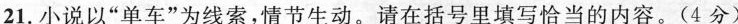
21.小说以”单车”为线索，情节生动。请在括号里填写恰当的内容。(4分)